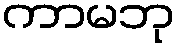
ကာမဘု